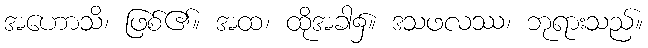
အဟောသိ၊ ဖြစ်၏။ အထ၊ ထိုအခါ၌။ ဒသဖလဿ၊ ဘုရားသည်။